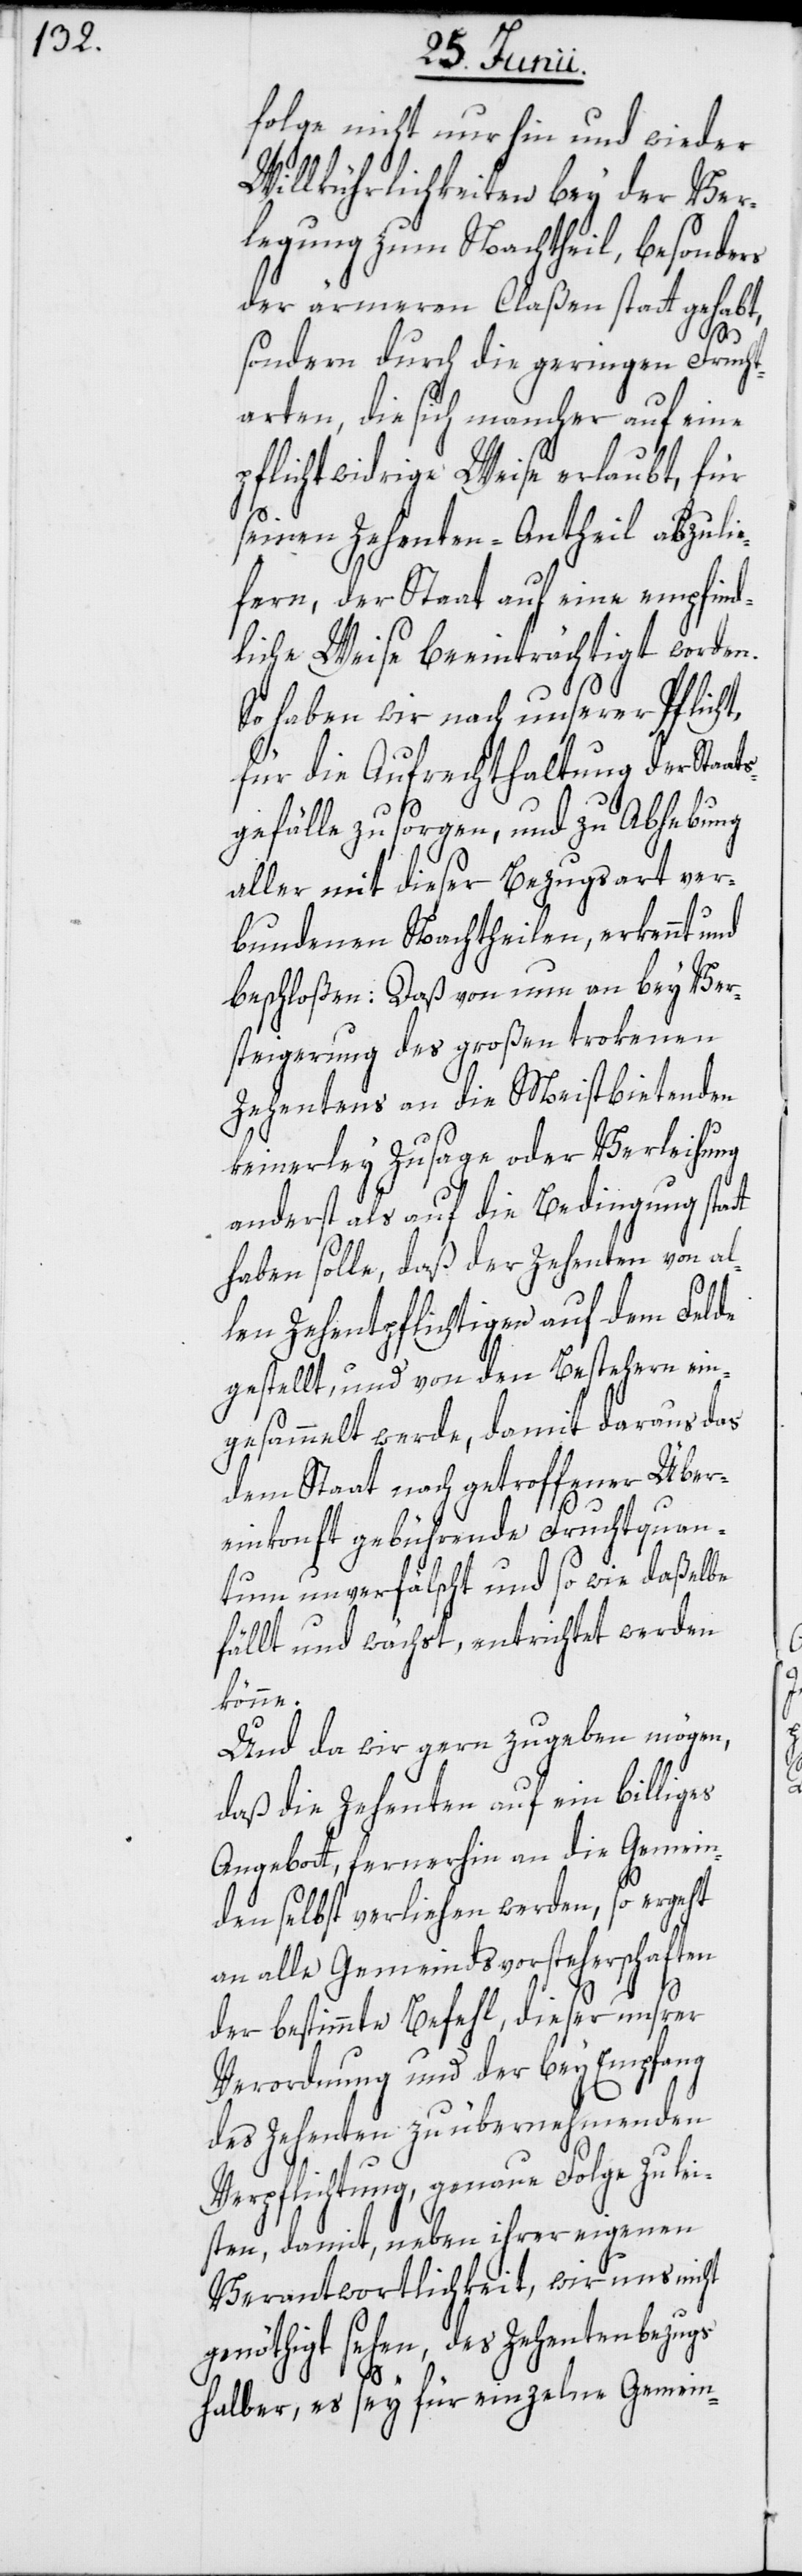
folge nicht nur hin und wieder
Willkührlichkeiten bey der Ver¬
legung zum Nachtheil, besonders
der ärmeren Claßen statt gehabt,
t
sondern durch die geringen Frucht¬
arten, die sich mancher auf eine
pflichtwidrige Weise erlaubt, für
seinen Zehenten-Antheil abzulie¬
fern, der Staat auf eine empfind¬
liche Weise beeinträchtigt worden.
So haben wir nach unserer Pflicht,
für die Aufrechthaltung der Staat¬
sgefälle zu sorgen, und zu Abhebung
aller mit dieser Bezugsart ver¬
bundenen Nachtheilen, erkennt und
beschloßen: Daß von nun an bey Ver¬
steigerung des großen trokenen
Zehentens an die Meistbietenden
keinerley Zusage oder Verleihung
anderst als auf die Bedingung stat¬
haben solle, daß der Zehenten von al¬
len Zehentpflichtigen auf dem Felde
gestellt, und von den Bestehern ein¬
gesammelt werde, damit daraus das
dem Staat nach getroffener Über¬
einkonft gebührende Fruchtquan¬
tum unverfälscht und so wie daßelbe
fällt und wächst, entrichtet werden
könne.
Und da wir gern zugeben mögen,
daß die Zehenten auf ein billiges
Angebott, fernerhin an die Gemein¬
den selbst verliehen werden, so ergeht
an alle Gemeindsvorsteherschaften
der bestimmte Befehl, dieser unsrer
Verordnung und der bey Empfang
des Zehenten zu übernehmenden
Verpflichtung, genaue Folge zu lei¬
sten, damit, neben ihrer eigenen
Verantwortlichkeit, wir uns nicht
genöthigt sehen, des Zehentenbezugs
halber, es sey für einzelne Gemein-